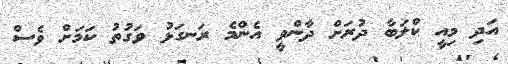
އަދި މިއީ ކްލަބާ ދުރަށް ދާންވީ އެންމެ ރަނގަޅު ވަގުތު ކަމަށް ވެސް